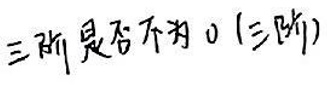
三断是否为0(三阶)